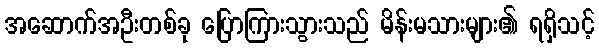
အဆောက်အဦးတစ်ခု ပြောကြားသွားသည် မိန်းမသားများ၏ ရရှိသင့်